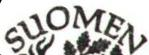
SUOMEN